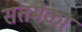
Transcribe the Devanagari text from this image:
संतमेळा